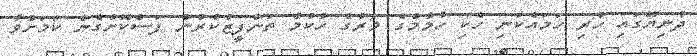
ދުނިޔޭގައި ހުރި ހަމައެކަނި ހެކި ހުމާމްގެ މަރުގެ ހުކުމް ތަންފީޒުކުރުން ފަސްކޮށްގެން ކަމަށްވާ